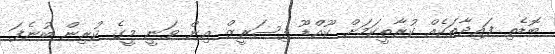
ބޮޑެތި ފައިދާތަކެއް ކުރާތީކަމަށް ކޫއްޑޫ ފިސަރީޒް އިން ވަނީ މީގެ ކުރިން ބުނެފަ